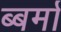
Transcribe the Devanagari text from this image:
ब्बर्मा